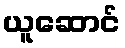
ယူဆောင်